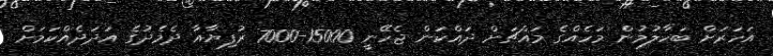
އަހަރަށް ބަހާލުމުން މަހެއްގެ މައްޗަށް ދައްކަން ޖެހޭނީ 15000-7000 ރުފިޔާއާ ދެމެދުގެ އަދަދެއްކަމަށް